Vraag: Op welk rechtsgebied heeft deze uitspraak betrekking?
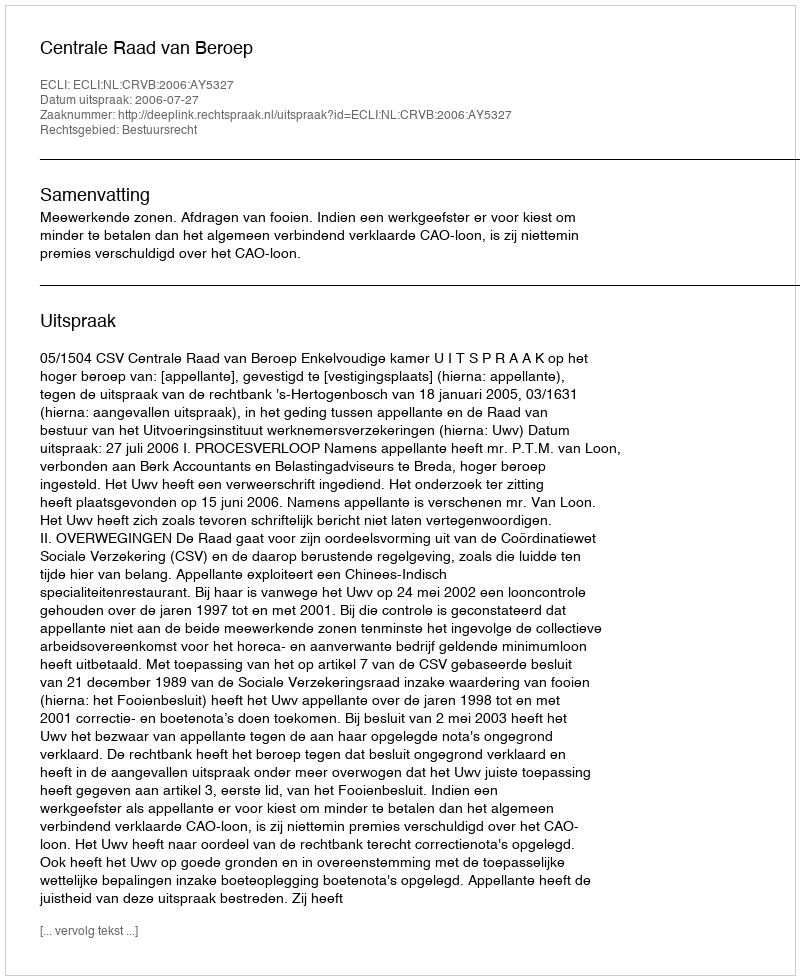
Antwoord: Bestuursrecht